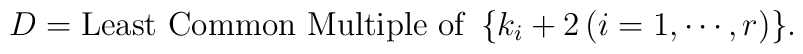
D=\mbox{Least Common Multiple of } \, \{k_i+2 \,(i=1,\cdots,r)\}.